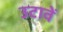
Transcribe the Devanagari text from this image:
उटावें